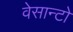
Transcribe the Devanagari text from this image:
वेसान्टो